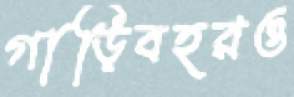
গাড়িবহরও